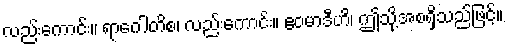
လည်းကောင်း။ ရာဂေါတိစ၊ လည်းကောင်း။ ဧဝမာဒီဟိ၊ ဤသို့အစရှိသည်ဖြင့်။